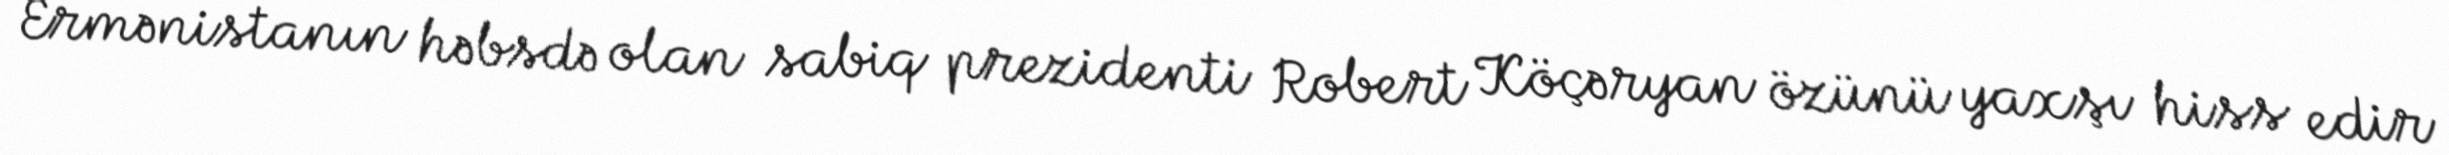
Ermənistanın həbsdə olan sabiq prezidenti Robert Köçəryan özünü yaxşı hiss edir